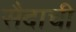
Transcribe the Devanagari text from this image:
सैदाची